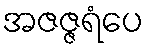
အဇဇ္ဇရံပေ